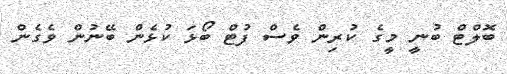
ބޮލްޓް ބުނީ މީގެ ކުރިން ވެސް ފުޓް ބޯޅަ ކުޅެން ބޭނުން ވެގެން